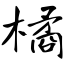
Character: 橘